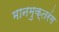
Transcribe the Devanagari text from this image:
मानमुक्तरंग